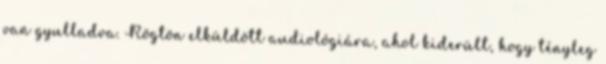
van gyulladva. Rögtön elküldött audiológiára, ahol kiderült, hogy tényleg